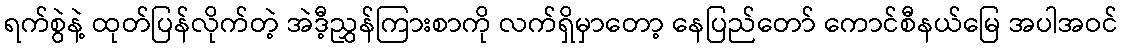
ရက်စွဲနဲ့ ထုတ်ပြန်လိုက်တဲ့ အဲဒီ့ညွှန်ကြားစာကို လက်ရှိမှာတော့ နေပြည်တော် ကောင်စီနယ်မြေ အပါအဝင်